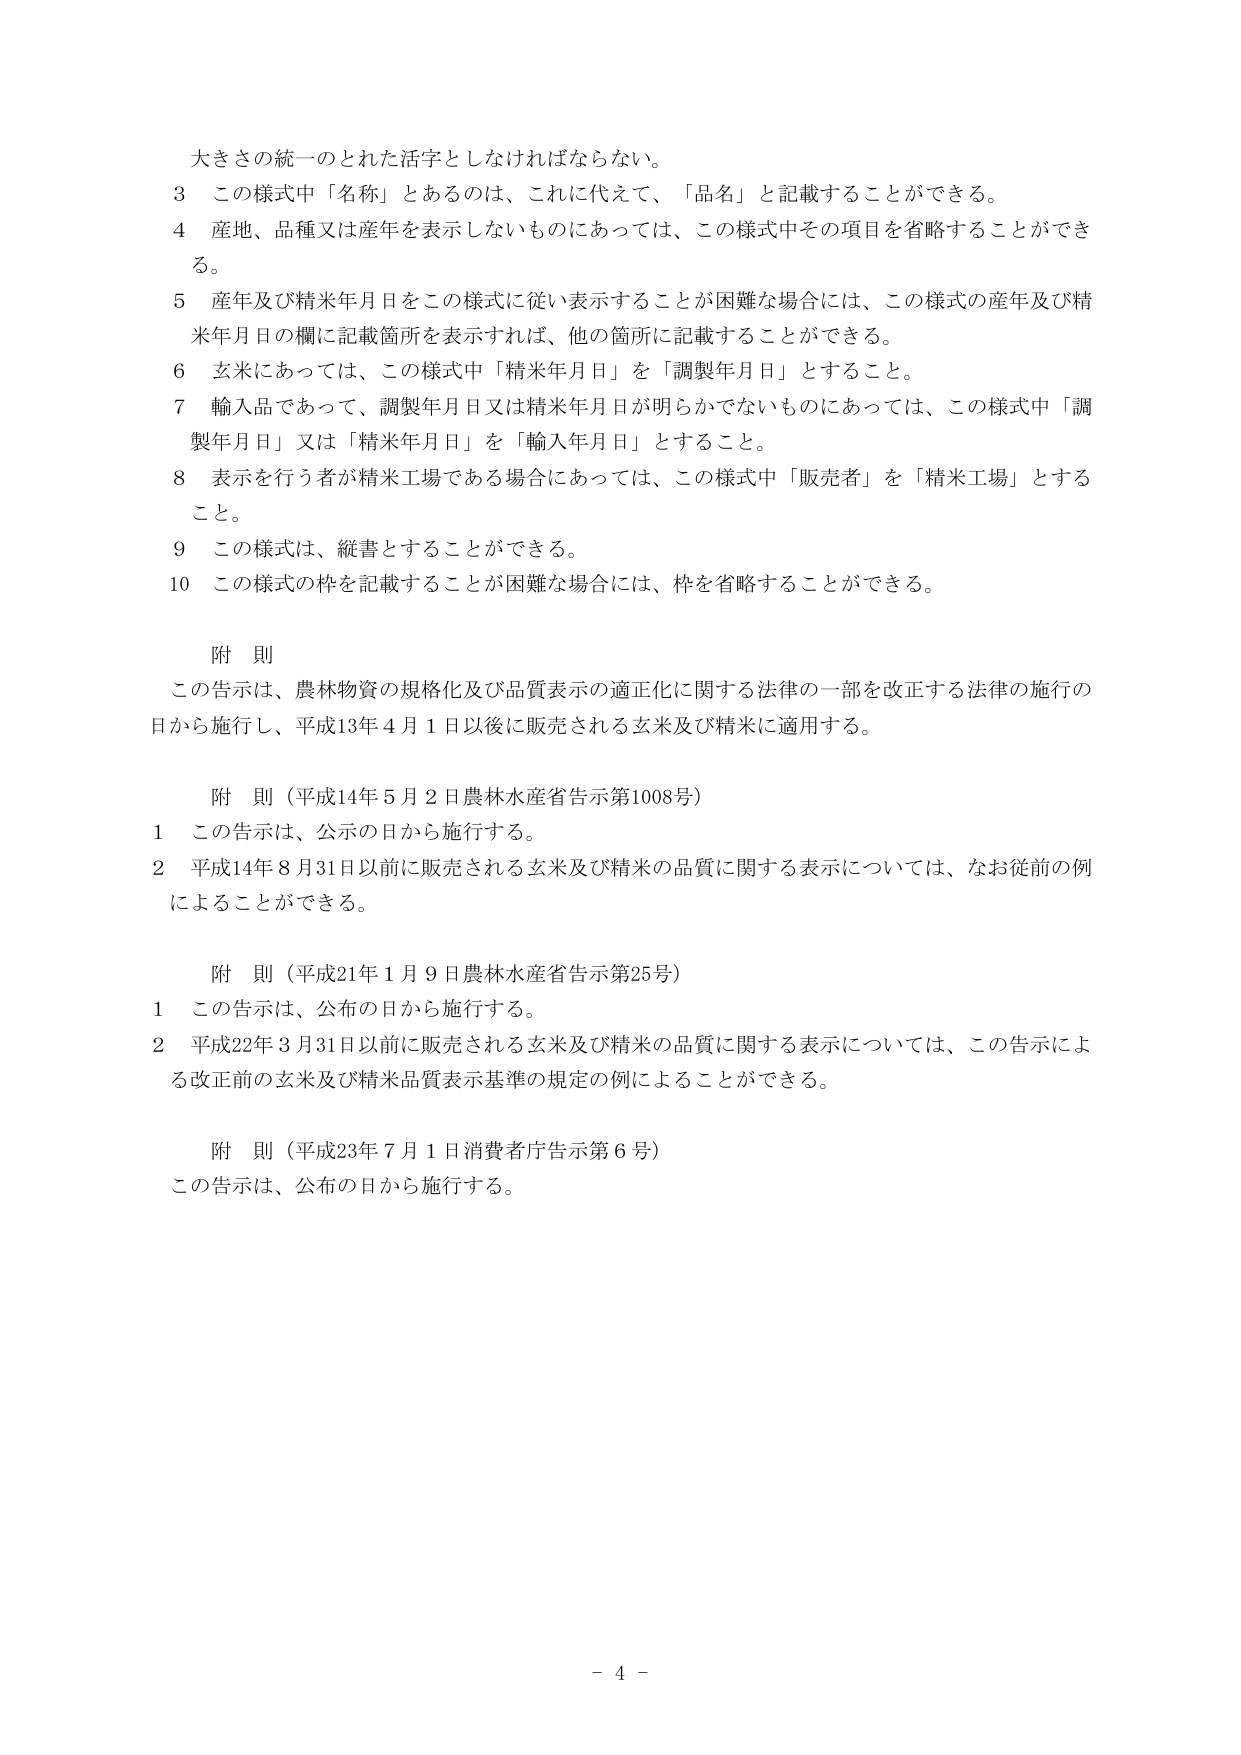
大きさの統一のとれた活字としなければならない。

3 この様式中「名称」とあるのは、これに代えて、「品名」と記載することができる。

4 産地、品種又は産年を表示しないものにあっては、この様式中その項目を省略することができる。

5 産年及び精米年月日をこの様式に従い表示することが困難な場合には、この様式の産年及び精米年月日の欄に記載箇所を表示すれば、他の箇所に記載することができる。

6 玄米にあっては、この様式中「精米年月日」を「調製年月日」とすること。

7 輸入品であって、調製年月日又は精米年月日が明らかでないものにあっては、この様式中「調製年月日」又は「精米年月日」を「輸入年月日」とすること。

8 表示を行う者が精米工場である場合にあっては、この様式中「販売者」を「精米工場」とすること。

9 この様式は、縦書とすることができる。

10 この様式の枠を記載することが困難な場合には、枠を省略することができる。

附 則

この告示は、農林物資の規格化及び品質表示の適正化に関する法律の一部を改正する法律の施行の日から施行し、平成13年4月1日以後に販売される玄米及び精米に適用する。

附 則（平成14年5月2日農林水産省告示第1008号）

1 この告示は、公示の日から施行する。

2 平成14年8月31日以前に販売される玄米及び精米の品質に関する表示については、なお従前の例によることができる。

附 則（平成21年1月9日農林水産省告示第25号）

1 この告示は、公布の日から施行する。

2 平成22年3月31日以前に販売される玄米及び精米の品質に関する表示については、この告示による改正前の玄米及び精米品質表示基準の規定の例によることができる。

附 則（平成23年7月1日消費者庁告示第6号）

この告示は、公布の日から施行する。

- 4 -